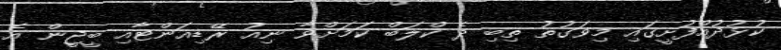
ކުޅުދުއްފުށީގައި މިވަގުތު ތިބި ދެ ކްލަބް ކަމަށްވާ ނިއު ރޭޑިއަންޓާއި ބީޖީން އެ